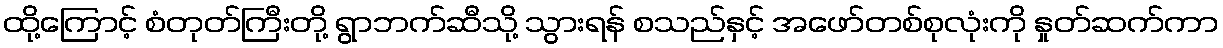
ထို့ကြောင့် စံတုတ်ကြီးတို့ ရွာဘက်ဆီသို့ သွားရန် စသည်နှင့် အဖော်တစ်စုလုံးကို နှုတ်ဆက်ကာ